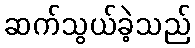
ဆက်သွယ်ခဲ့သည်